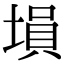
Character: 塤